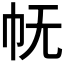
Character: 𭘓